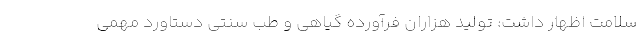
سلامت اظهار داشت: تولید هزاران فرآورده گیاهی و طب سنتی دستاورد مهمی